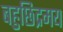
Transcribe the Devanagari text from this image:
बहुछिद्रमय